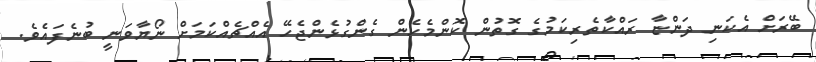
ބޭރަށް އެކަނި ދަންޏާ ރައްކާތެރިކަމުގެ ގޮތުން ކޮންމެހެން ގެންގުޅެންޖެހޭ އެއްޗެއްކަމަށް ނޯޔާވަނީ ބުނެފައެވެ.